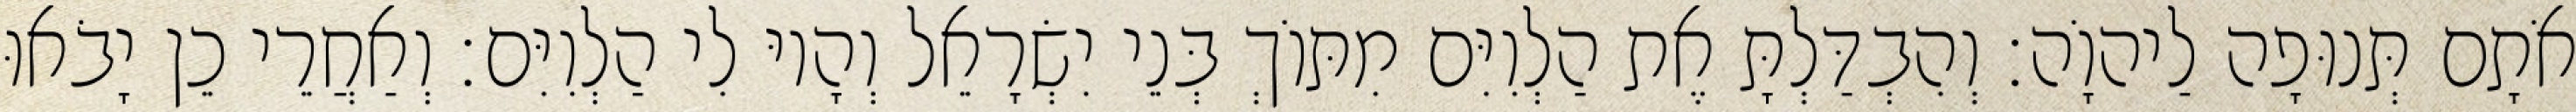
אֹתָם תְּנוּפָה לַיהוָֹה׃ וְהִבְדַּלְתָּ אֶת הַלְוִיִּם מִתּוֹךְ בְּנֵי יִשְׂרָאֵל וְהָיוּ לִי הַלְוִיִּם׃ וְאַחֲרֵי כֵן יָבֹאוּ